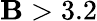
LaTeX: \mathbf{B}>3.2